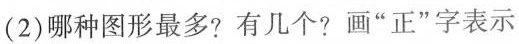
(2)哪种图形最多?有几个?画”正”字表示